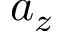
a _ { z }